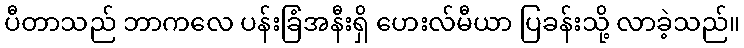
ပီတာသည် ဘာကလေ ပန်းခြံအနီးရှိ ဟေးလ်မီယာ ပြခန်းသို့ လာခဲ့သည်။